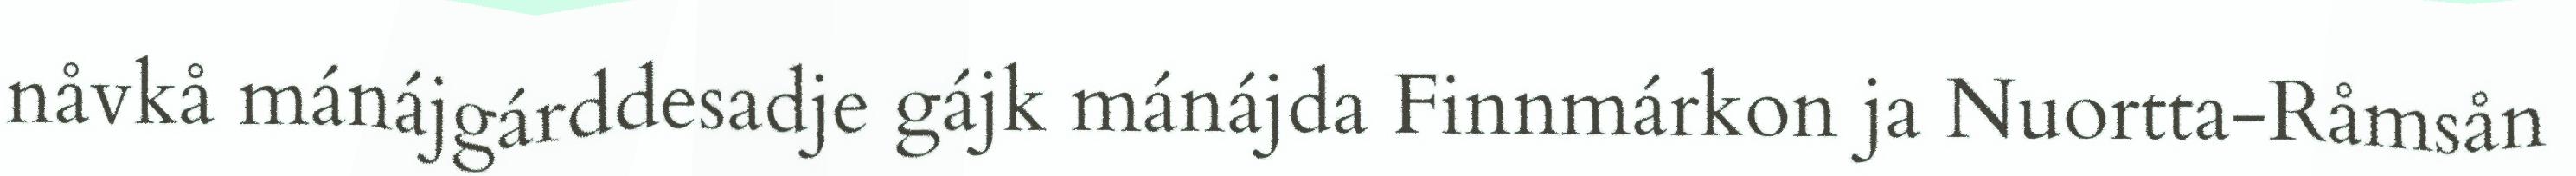
nåvkå mánájgárddesadje gájk mánájda Finnmárkon ja Nuortta-Råmsån